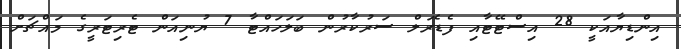
އިންޑިޔާއަކީ 28 އިސްޓޭޓާއި ފެޑެރަލް ސަރުކާރުން ބަލަހައްޓާ 7 ޔުނިއަން ޓެރިޓަރީގެ މައްޗަށް